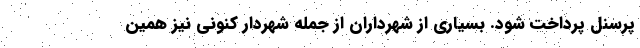
پرسنل پرداخت شود. بسیاری از شهرداران از جمله شهردار کنونی نیز همین